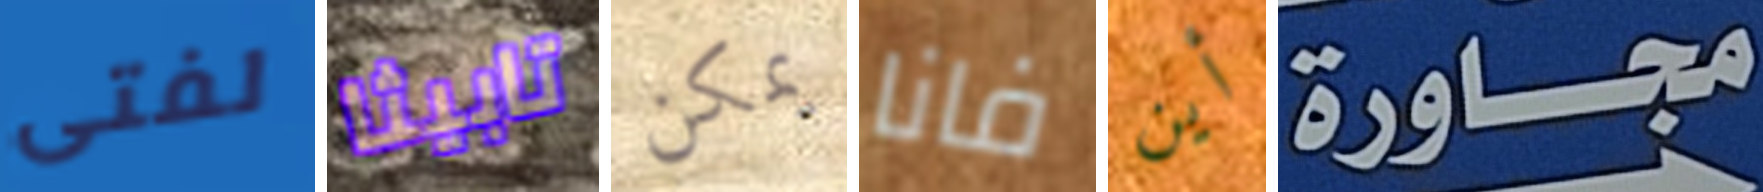
لفتى تابيثا يمكن فانا أين مجاورة